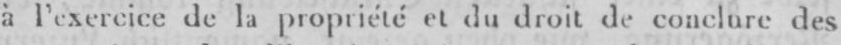
à l’exercice de la propriété et du droit de conclure des